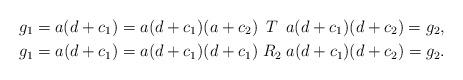
LaTeX: \begin{align*} g_1= a(d+c_1)= a(d+c_1)(a+c_2) &\mathrel { \hskip 2.5pt T \hskip 2.5pt } a(d+c_1)(d+c_2) = g_2, \\ g_1= a(d+c_1)= a(d+c_1)(d+c_1) &\mathrel { R_2} a(d+c_1)(d+c_2) = g_2. \end{align*}